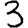
Digit: 3